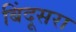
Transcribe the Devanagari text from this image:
बिंदूसरा